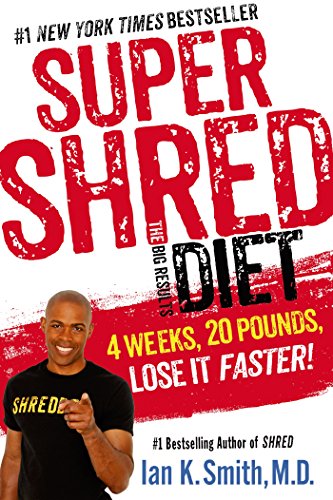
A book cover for Super Shred: The Big Results Diet: 4 Weeks, 20 Pounds, Lose It Faster!; Ian K. Smith; Health, Fitness & Dieting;